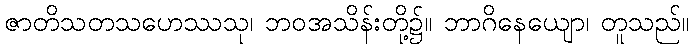
ဇာတိသတသဟေဿသု၊ ဘဝအသိန်းတို့၌။ ဘာဂိနေယျော၊ တူသည်။